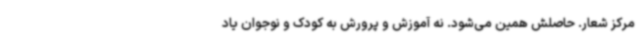
مرکز شعار. حاصلش همین می‌شود. نه آموزش و پرورش به کودک و نوجوان یاد